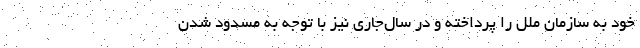
خود به سازمان ملل را پرداخته و در سال‌جاری نیز با توجه به مسدود شدن